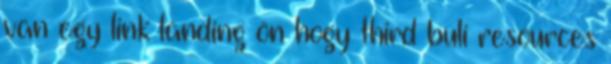
van egy link landing ön hogy third buli resources